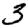
Digit: 3